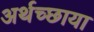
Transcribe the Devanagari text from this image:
अर्थच्छाया